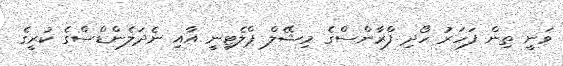
ވަނީ ތިން ފަހަރު ހޯދި ފްރާންސްގެ މިޝޭލް ޕްލެޓިނީ އާއި ނެދަލެންޑްސްގެ ކުރީގެ